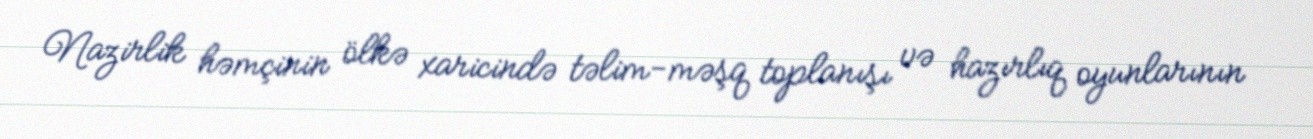
Nazirlik həmçinin ölkə xaricində təlim-məşq toplanışı və hazırlıq oyunlarının